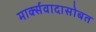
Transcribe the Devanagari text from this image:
मार्क्सवादासोबत